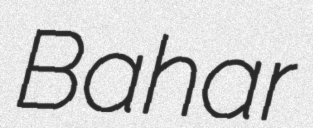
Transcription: Bahar